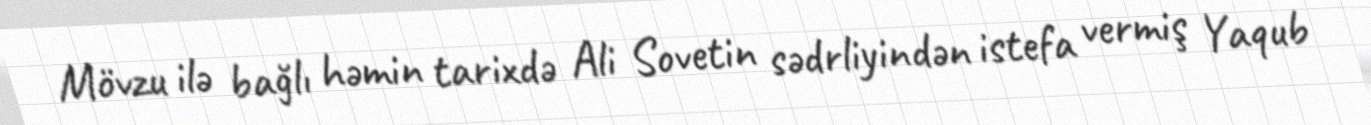
Mövzu ilə bağlı həmin tarixdə Ali Sovetin sədrliyindən istefa vermiş Yaqub